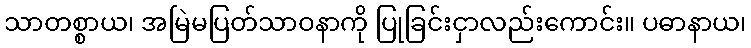
သာတစ္စာယ၊ အမြဲမပြတ်သာဝနာကို ပြုခြင်းငှာလည်းကောင်း။ ပဓာနာယ၊